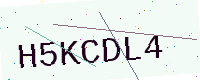
Text: H5KCDL4